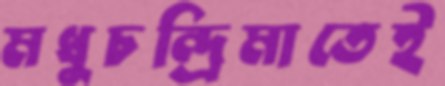
মধুচন্দ্রিমাতেই